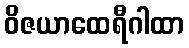
ဝိဇယာထေရီဂါထာ